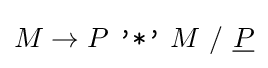
M\rightarrow P\ {\texttt {'*'}}\ M\ /\ {\underline {P}}